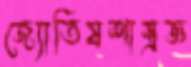
জ্যোতিষশাস্ত্রজ্ঞ